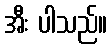
အီး ပါသည်။